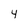
Character: 4